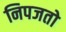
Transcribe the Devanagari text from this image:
निपजतो